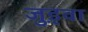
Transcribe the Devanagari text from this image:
जुड़्वा